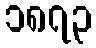
၁၈၇၃